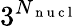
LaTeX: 3^{N_{\mathrm{~n~u~c~l~}}}